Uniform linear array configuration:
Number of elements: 16
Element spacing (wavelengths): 1
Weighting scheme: uniform
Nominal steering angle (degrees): -60
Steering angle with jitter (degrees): -58.01
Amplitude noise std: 0.05
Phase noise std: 0.05

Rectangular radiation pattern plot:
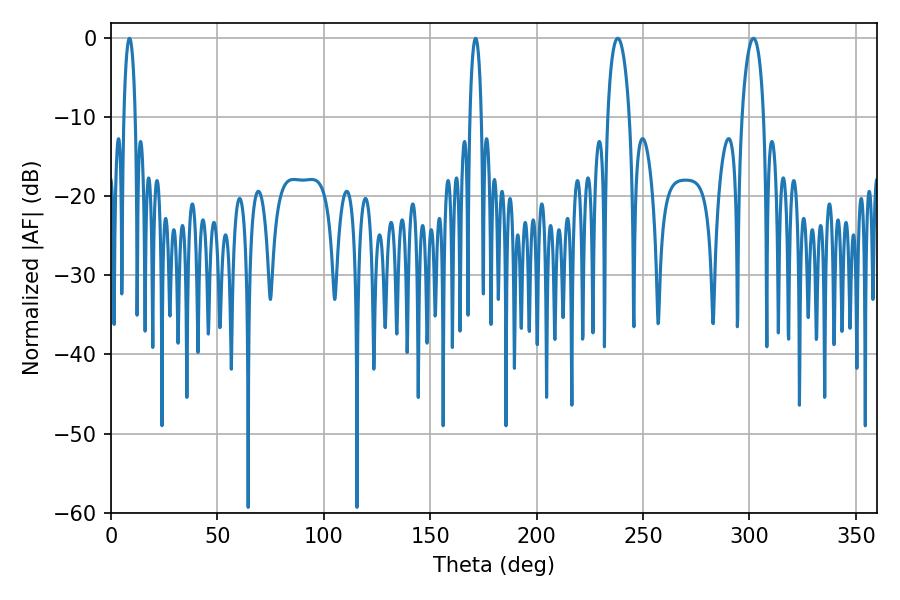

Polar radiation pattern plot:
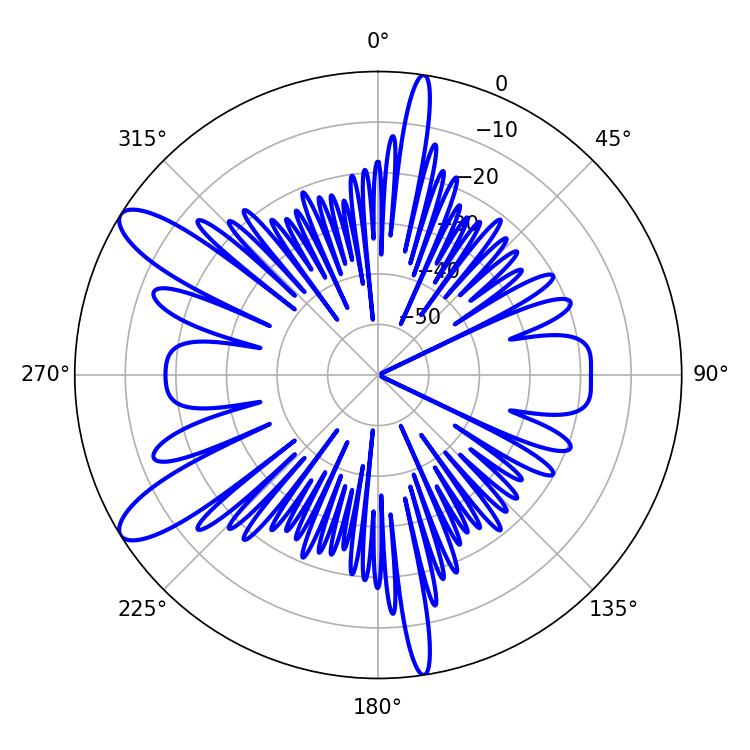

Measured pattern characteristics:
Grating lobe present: TRUE
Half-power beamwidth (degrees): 5.94
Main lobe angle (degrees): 238.14